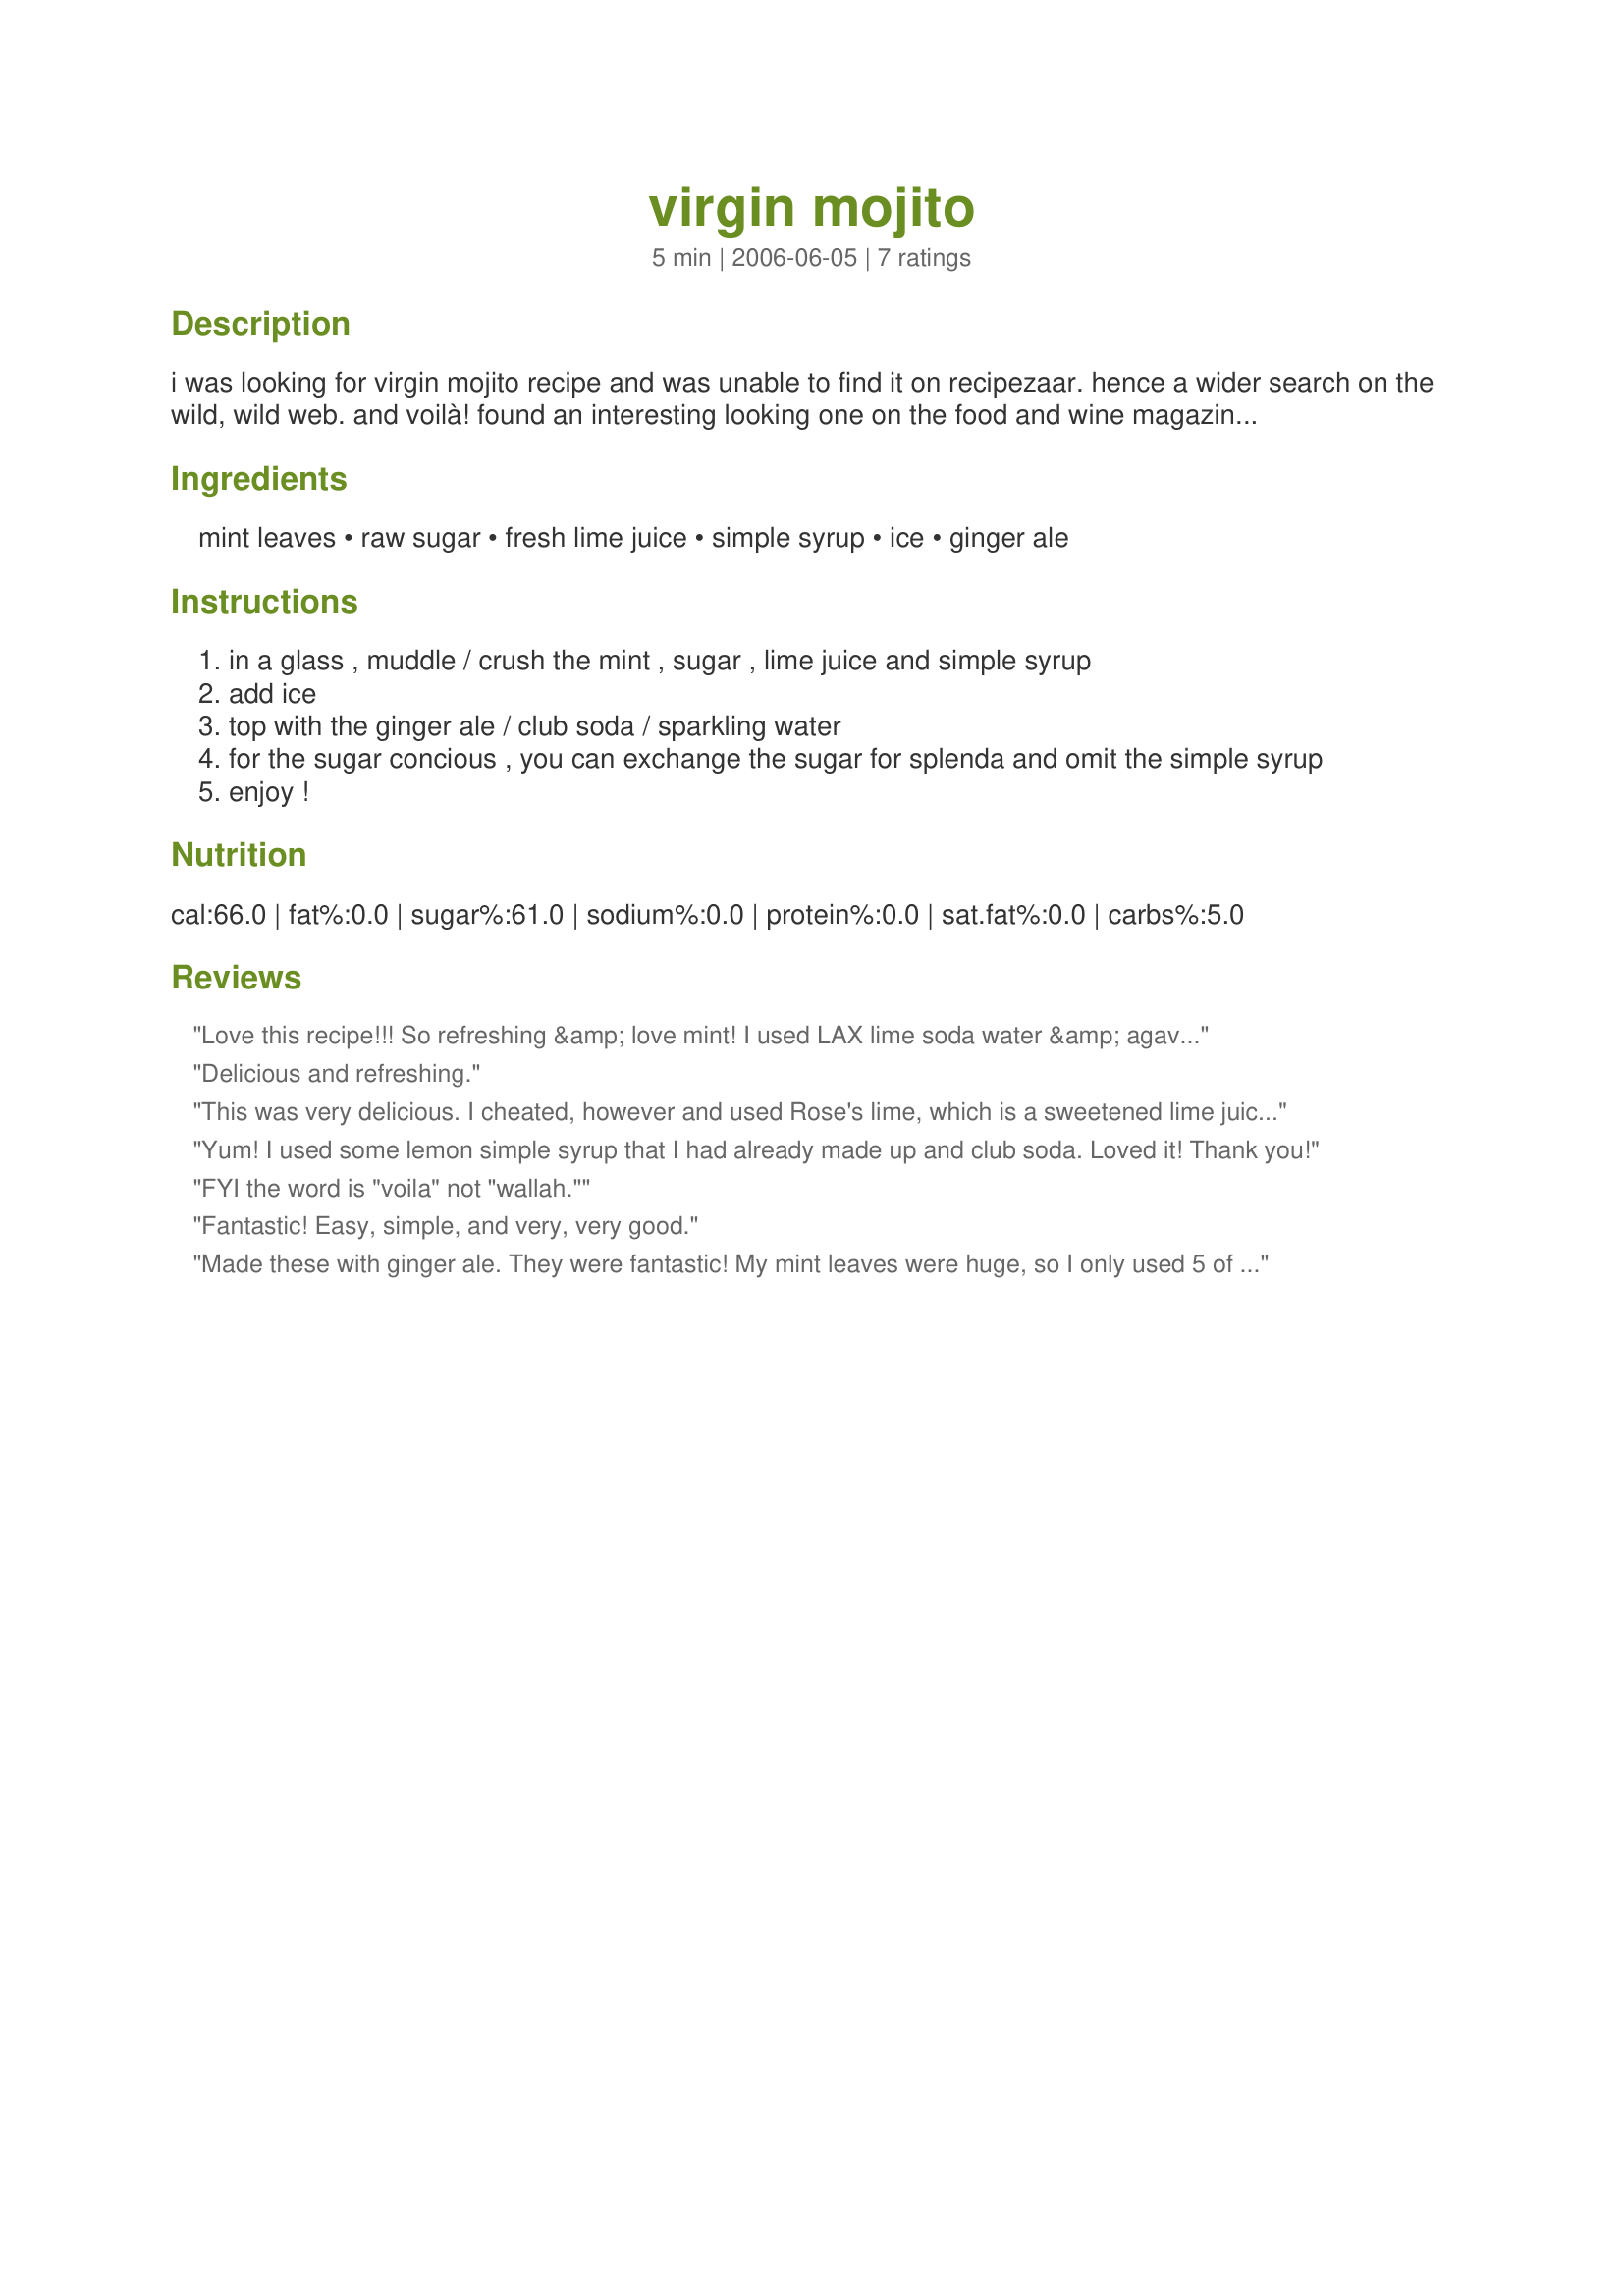
virgin mojito
Preparation time: 5 minutes

i was looking for virgin mojito recipe and was unable to find it on recipezaar. hence a wider search on the wild, wild web. and voilà! found an interesting looking one on the food and wine magazine's website! have yet to try it but i'm definitely sure the next time i have a little get-together, this will definitely be on my drink menu!

Ingredients:
mint leaves, raw sugar, fresh lime juice, simple syrup, ice, ginger ale

Steps:
in a glass , muddle / crush the mint , sugar , lime juice and simple syrup
add ice
top with the ginger ale / club soda / sparkling water
for the sugar concious , you can exchange the sugar for splenda and omit the simple syrup
enjoy !

Reviews:
Love this recipe!!! So refreshing &amp; love mint! I used LAX lime soda water &amp; agave nectar (raw) for simple sugar &amp; I cheated with 1 pack of sugar in the raw. ;) This is great for a party without alcohol &amp; headache!!! &lt;br/&gt;Thank you!!!!
Delicious and refreshing.
This was very delicious. I cheated, however and used Rose's lime, which is a sweetened lime juice, instead of simple syrup + lime juice. I also used diet ginger ale.

Yum yum. A refreshing change from the alcohol version.
Yum! I used some lemon simple syrup that I had already made up and club soda. Loved it! Thank you!
FYI the word is "voila" not "wallah."
Fantastic! Easy, simple, and very, very good.
Made these with ginger ale. They were fantastic! My mint leaves were huge, so I only used 5 of them.
